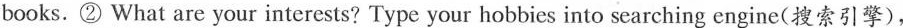
books. ② What are your interests? Type your hobbies into searching engine(搜索引擎),